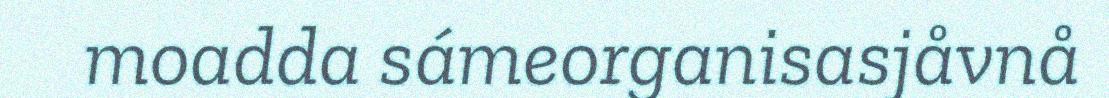
moadda sámeorganisasjåvnå